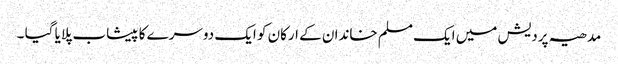
مدھیہ پردیش میں ایک مسلم خاندان کے ارکان کو ایک دوسرے کا پیشاب پلایا گیا ۔